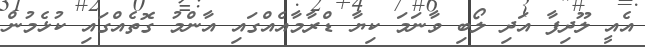
އެއީ ލޫދިފާ އަދި ލޯބި ވާނަމަ ކިޔާ ޑްރާމާއެއްގައި އާންމު ގޮތެއްގައި ކުޅެމުން